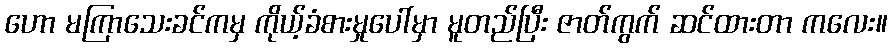
ဟော မကြာသေးခင်ကမှ ကိုယ့်ခံစားမှုပေါ်မှာ မူတည်ပြီး ဇာတ်ကွက် ဆင်ထားတာ ကလေး။